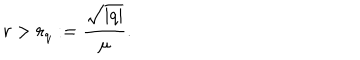
r > r _ { q } : = \frac { \sqrt { | q | } } { \mu } .